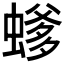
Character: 𱿿